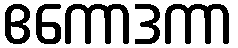
ဧကောဒကာ